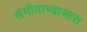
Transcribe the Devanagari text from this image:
संगीताभ्यासास